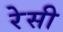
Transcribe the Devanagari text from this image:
रेसी